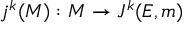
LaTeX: j ^ { k } ( M ) : M \rightarrow J ^ { k } ( E , m )